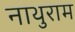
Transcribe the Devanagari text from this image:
नाथुराम